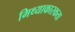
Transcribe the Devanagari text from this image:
मिथ्याकारकता